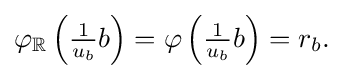
{\textstyle \varphi _{\mathbb {R} }\left({\frac {1}{u_{b}}}b\right)=\varphi \left({\frac {1}{u_{b}}}b\right)=r_{b}.}